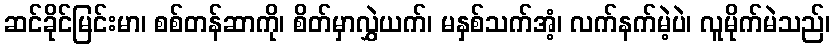
ဆင်ခိုင်မြင်းမာ၊ စစ်တန်ဆာကို၊ စိတ်မှာလွှဲယက်၊ မနှစ်သက်အံ့၊ လက်နက်မဲ့ပဲ၊ လူမိုက်မဲသည်၊